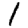
Digit: 1